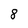
Character: 8